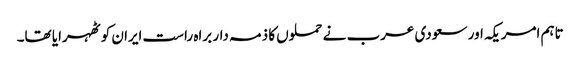
تاہم امریکہ اور سعودی عرب نے حملوں کا ذمہ دار براہ راست ایران کو ٹھہرایا تھا۔